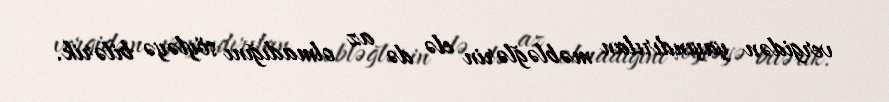
vergidən yayındırılan məbləğlərin elə də az olmadığını söyləyə bilərik.